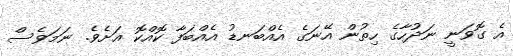
އެ ގޮވަނީ ނަދުހާގެ ހިތުން އޭނަގެ އެއްބަނޑު އެއްބަފާ ކޮއްކޮ އަށެވެ. ނަމަވެސް